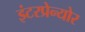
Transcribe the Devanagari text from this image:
इंटरप्रेन्योर